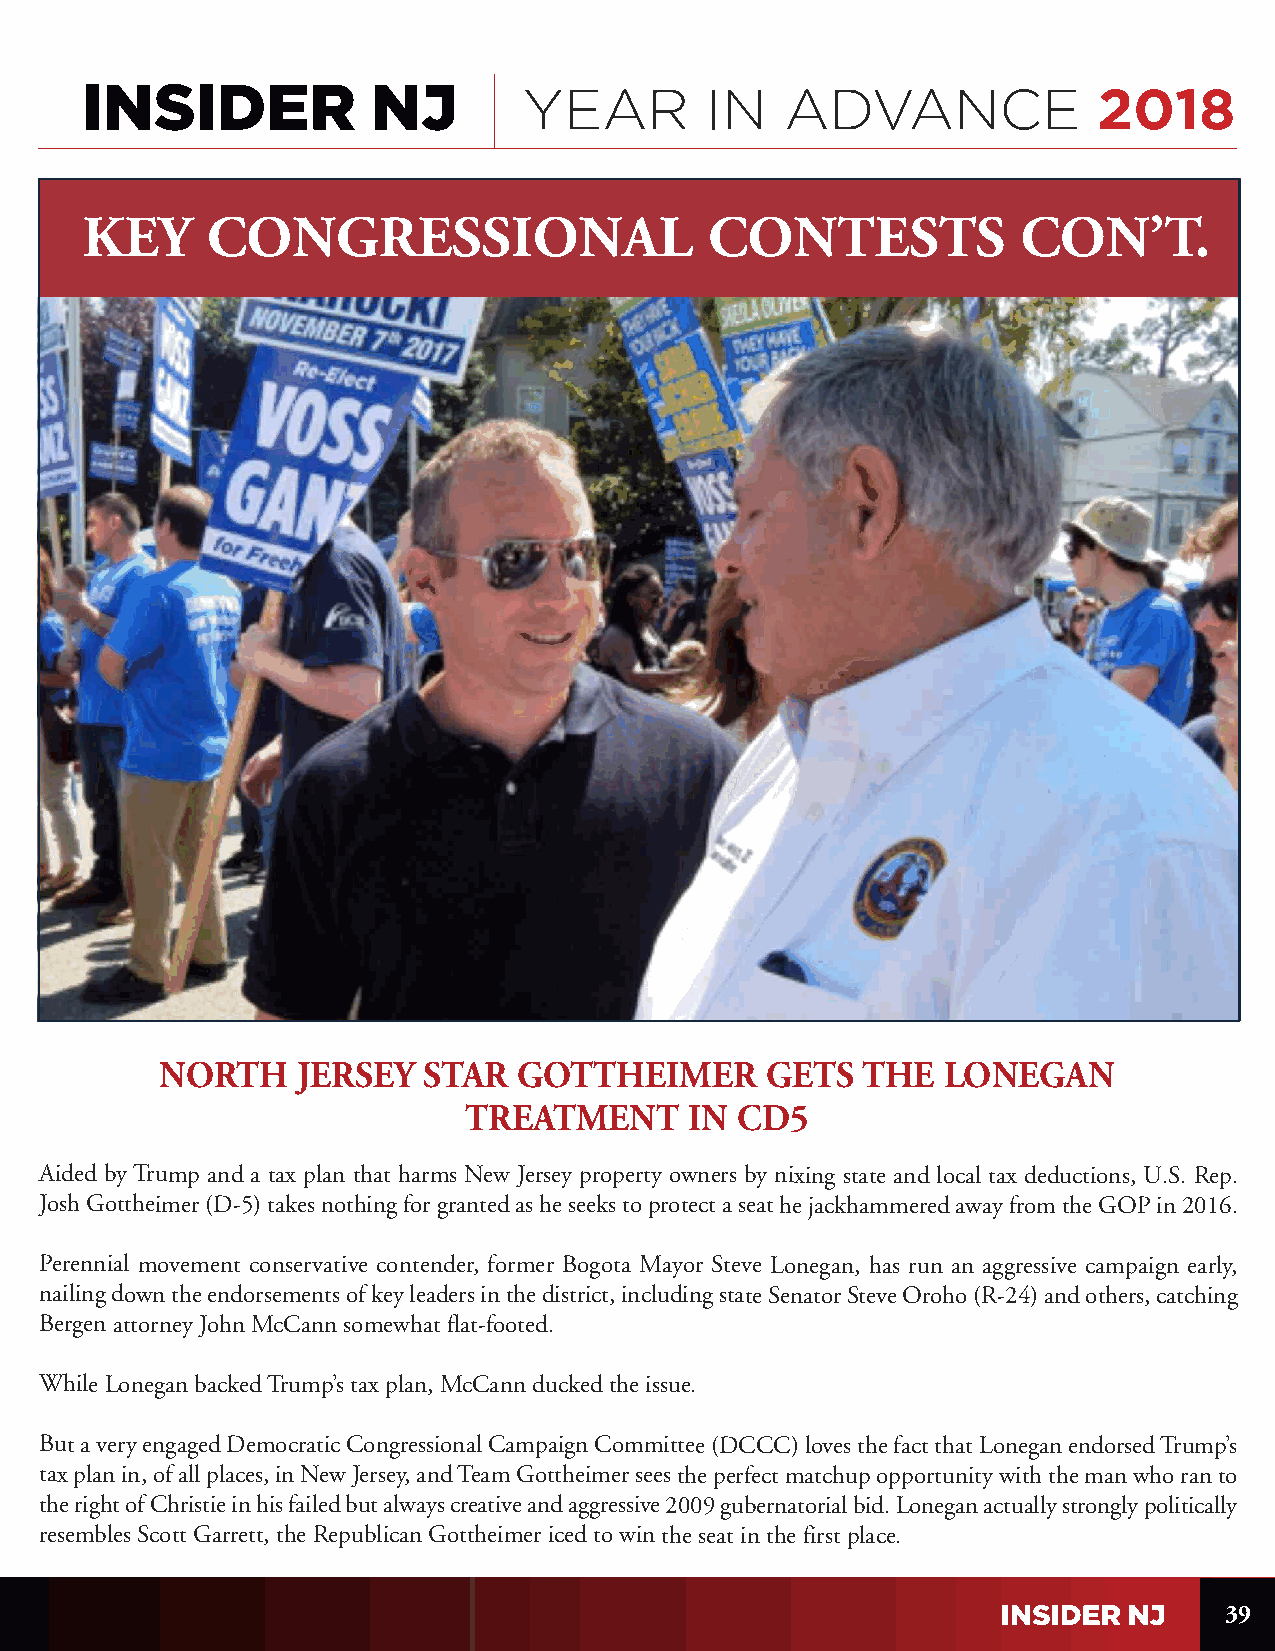
YEAR        IN   ADVANCE              2018
 KEY      CONGRESSIONAL                    CONTESTS             CON’T.
 NORTH    JERSEY  STAR  GOTTHEIMER       GETS  THE  LONEGAN
 TREATMENT      IN CD5
 Aided by Trump and a tax plan that harms New Jersey property owners by nixing state and local tax deductions, U.S. Rep.
 Josh Gottheimer (D-5) takes nothing for granted as he seeks to protect a seat he jackhammered away from the GOP in 2016.
 Perennial movement conservative contender, former Bogota Mayor Steve Lonegan, has run an aggressive campaign early,
 nailing down the endorsements of key leaders in the district, including state Senator Steve Oroho (R-24) and others, catching
 Bergen attorney John McCann somewhat flat-footed.
 While Lonegan backed Trump’s tax plan, McCann ducked the issue.
 But a very engaged Democratic Congressional Campaign Committee (DCCC) loves the fact that Lonegan endorsed Trump’s
 tax plan in, of all places, in New Jersey, and Team Gottheimer sees the perfect matchup opportunity with the man who ran to
 the right of Christie in his failed but always creative and aggressive 2009 gubernatorial bid. Lonegan actually strongly politically
 resembles Scott Garrett, the Republican Gottheimer iced to win the seat in the first place.
 39